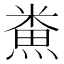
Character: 𪹦